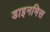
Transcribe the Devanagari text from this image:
डाइनमिस